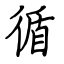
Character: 循